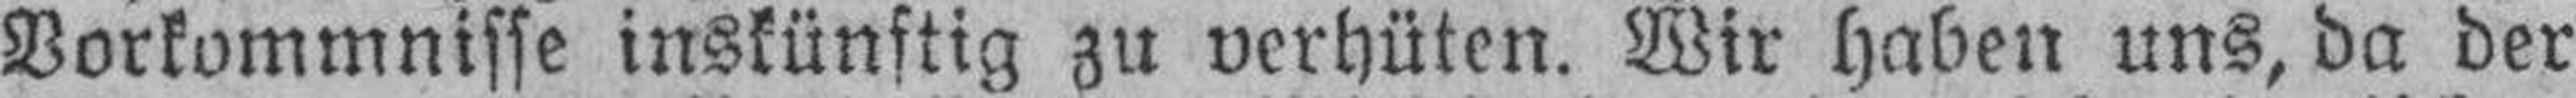
Vorkommnisse inskünftig zu verhüten. Wir haben uns, da der